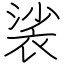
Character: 裟